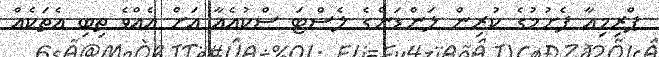
ޕްރިމިއާ ފެށުމުގެ ކުރިން ލަންޑަންގެ ލެސްޓަ ސްކުއެއާ އަށް އެއްވެ ތިބި އެތަކެއް